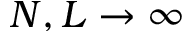
N , L \to \infty